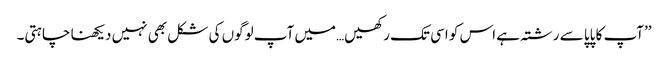
’’آپ کا پاپا سے رشتہ ہے اس کو اسی تک رکھیں…میں آپ لوگوں کی شکل بھی نہیں دیکھنا چاہتی۔